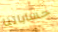
حساباتنا